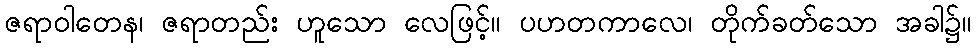
ဇရာဝါတေန၊ ဇရာတည်း ဟူသော လေဖြင့်။ ပဟတကာလေ၊ တိုက်ခတ်သော အခါ၌။